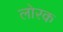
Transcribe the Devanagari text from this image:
लोरक